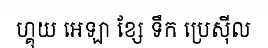
ហ្គុយ អេឡា ខ្សែ ទឹក ប្រេស៊ីល